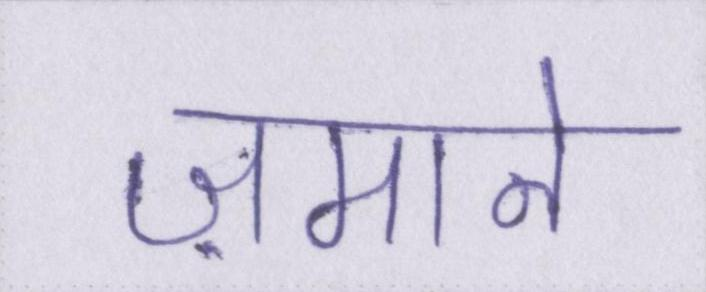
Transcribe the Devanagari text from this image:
ज़माने